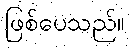
ဖြစ်ပေသည်။